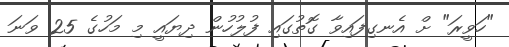
"ހަވީރަ" ށް އެނގިފައިވާ ގޮތުގައި ފުލުހުން ދިޔައީ މި މަހުގެ 25 ވަނަ